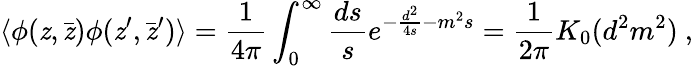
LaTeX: \langle\phi(\mathit{z},\bar{{\mathit{z}}})\phi(\mathit{z}^{\prime},\bar{{\mathit{z}}}^{\prime})\rangle={\frac{{1}}{{4\pi}}}\int_{0}^{\infty}{\frac{{ds}}{{s}}}e^{-{\frac{{d^{2}}}{{4s}}}-m^{2}s}={\frac{{1}}{{2\pi}}}K_{0}(d^{2}m^{2})~,